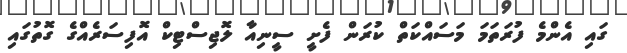
ގައި އެންމެ ފުރަތަމަ މަސައްކަތް ކުރަން ފެށީ ސީނިއާ ލޮޖިސްޓިކް އޮފިސަރެއްގެ ގޮތުގައި